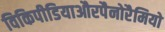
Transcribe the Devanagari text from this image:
विकिपीडियाऔरपैनोरैमियो